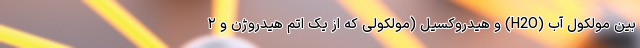
بین مولکول آب (H2O) و هیدروکسیل (مولکولی که از یک اتم هیدروژن و ۲